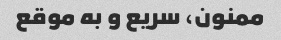
ممنون، سریع و به موقع